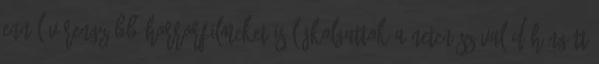
ennél vérengzőbb horrorfilmeket is lájkolgattok a neten Szóval dühöngött